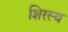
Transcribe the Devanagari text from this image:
शिरस्य